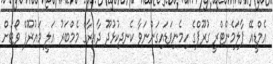
އެމްޑީއޭ ޕާލަމެންޓްރީ ގުރޫޕްގެ ހިމެނިވަޑައިގަންނަވާ ކެނދިކުޅުދޫ ދާއިރާގެ މެމްބަރު އަލީ މައުރޫފް ވޯޓަށް